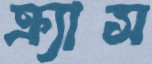
ক্র্যাস